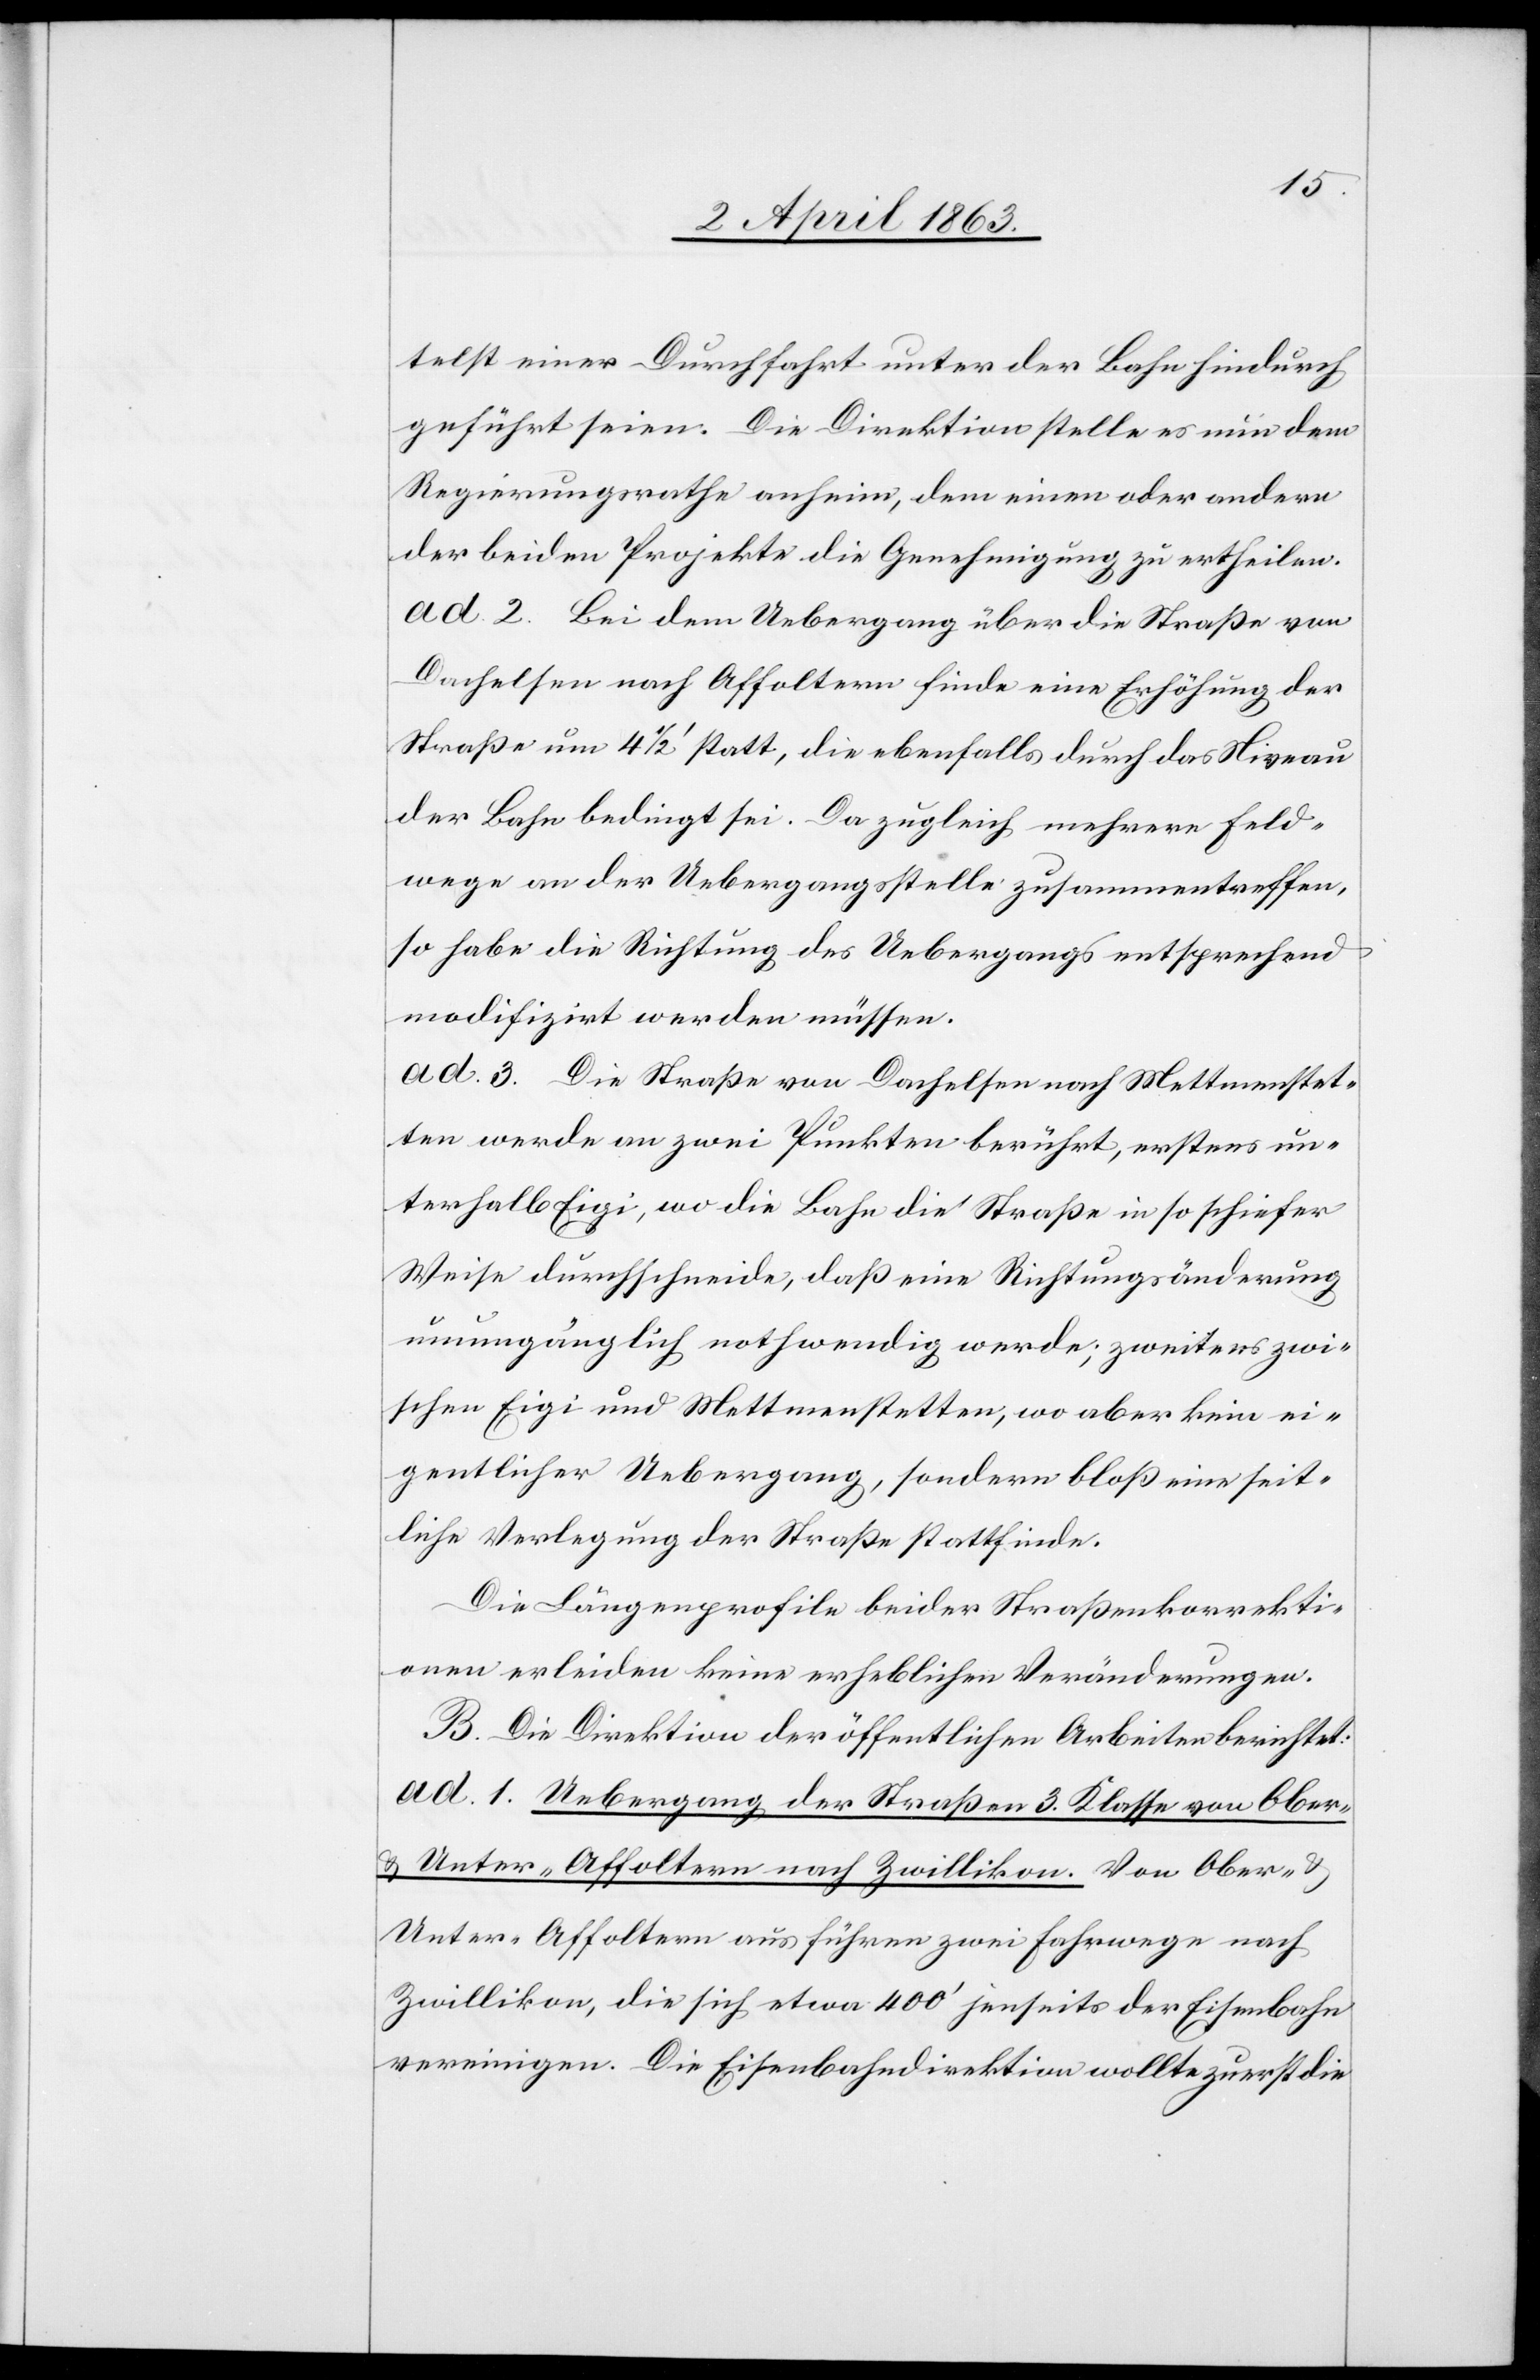
telst einer Durchfahrt unter der Bahn hindurch
geführt seien. Die Direktion stelle es nun dem
Regierungsrathe anheim, dem einen oder andern
der beiden Projekte die Genehmigung zu ertheilen.
ad. 2. Bei dem Uebergang über die Straße von
Dachelsen nach Affoltern finde eine Erhöhung der
Straße um 4 1/2' statt, die ebenfalls durch das Niveau
der Bahn bedingt sei. Da zugleich mehrere Feld¬
wege an der Uebergangsstelle zusammentreffen,
so habe die Richtung des Uebergangs entsprechend
modifizirt werden müssen.
ad. 3. Die Straße von Dachelsen nach Mettmenstet¬
ten werde an zwei Punkten berührt, erstens un¬
terhalb Eigi, wo die Bahn die Straße in so schiefer
Weise durchschneide, daß eine Richtungsänderung
unumgänglich nothwendig werde; zweitens zwi¬
schen Eigi und Mettmenstetten, wo aber kein ei¬
gentlicher Uebergang, sondern bloß eine seit¬
liche Verlegung der Straße stattfinde.
Die Längenprofile beider Straßenkorrekti¬
onen erleiden keine erheblichen Veränderungen.
B. Die Direktion der öffentlichen Arbeiten berichtet:
ad. 1. Uebergang der Straßen 3. Klasse von Ober-
& Unter-Affoltern nach Zwillikon. Von Ober-
Unter-Affoltern aus führen zwei Fahrwege nach
Zwillikon, die sich etwa 400' jenseits der Eisenbahn
vereinigen. Die Eisenbahndirektion wollte zuerst die